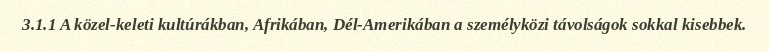
3.1.1 A közel-keleti kultúrákban, Afrikában, Dél-Amerikában a személyközi távolságok sokkal kisebbek.